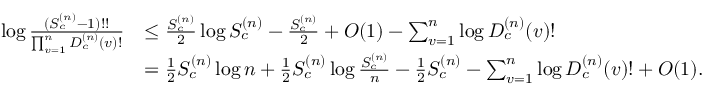
\begin{array} { r l } { \log \frac { ( S _ { c } ^ { ( n ) } - 1 ) ! ! } { \prod _ { v = 1 } ^ { n } D _ { c } ^ { ( n ) } ( v ) ! } } & { \leq \frac { S _ { c } ^ { ( n ) } } { 2 } \log S _ { c } ^ { ( n ) } - \frac { S _ { c } ^ { ( n ) } } { 2 } + O ( 1 ) - \sum _ { v = 1 } ^ { n } \log D _ { c } ^ { ( n ) } ( v ) ! } \\ & { = \frac { 1 } { 2 } S _ { c } ^ { ( n ) } \log n + \frac { 1 } { 2 } S _ { c } ^ { ( n ) } \log \frac { S _ { c } ^ { ( n ) } } { n } - \frac { 1 } { 2 } S _ { c } ^ { ( n ) } - \sum _ { v = 1 } ^ { n } \log D _ { c } ^ { ( n ) } ( v ) ! + O ( 1 ) . } \end{array}